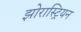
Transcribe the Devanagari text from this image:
झोरास्ट्रियन